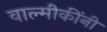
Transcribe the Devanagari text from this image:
वाल्मीकींनी